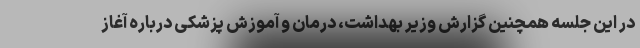
در این جلسه همچنین گزارش وزیر بهداشت، درمان و آموزش پزشکی درباره آغاز